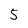
Character: 5